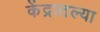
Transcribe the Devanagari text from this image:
केंद्रातल्या